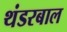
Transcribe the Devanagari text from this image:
थंडरबाल